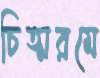
চিত্মরমে